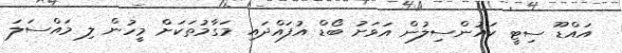
އައްޑޫ ސިޓީ ކައުންސިލުން އަވަށު ބޯޑް އުފައްދައި މަގާމުތަކަށް މީހުން ލި މައްސަލަ